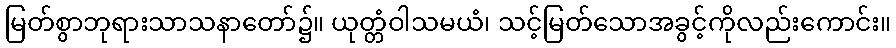
မြတ်စွာဘုရားသာသနာတော်၌။ ယုတ္တံဝါသမယံ၊ သင့်မြတ်သောအခွင့်ကိုလည်းကောင်း။